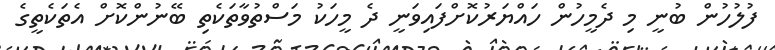
ފުލުހުން ބުނީ މި ދެމީހުން ހައްޔަރުކޮށްފައިވަނީ ދެ މީހަކު މަސްތުވާތަކެތި ބޭނުންކޮށް އެތަކެތީގެ